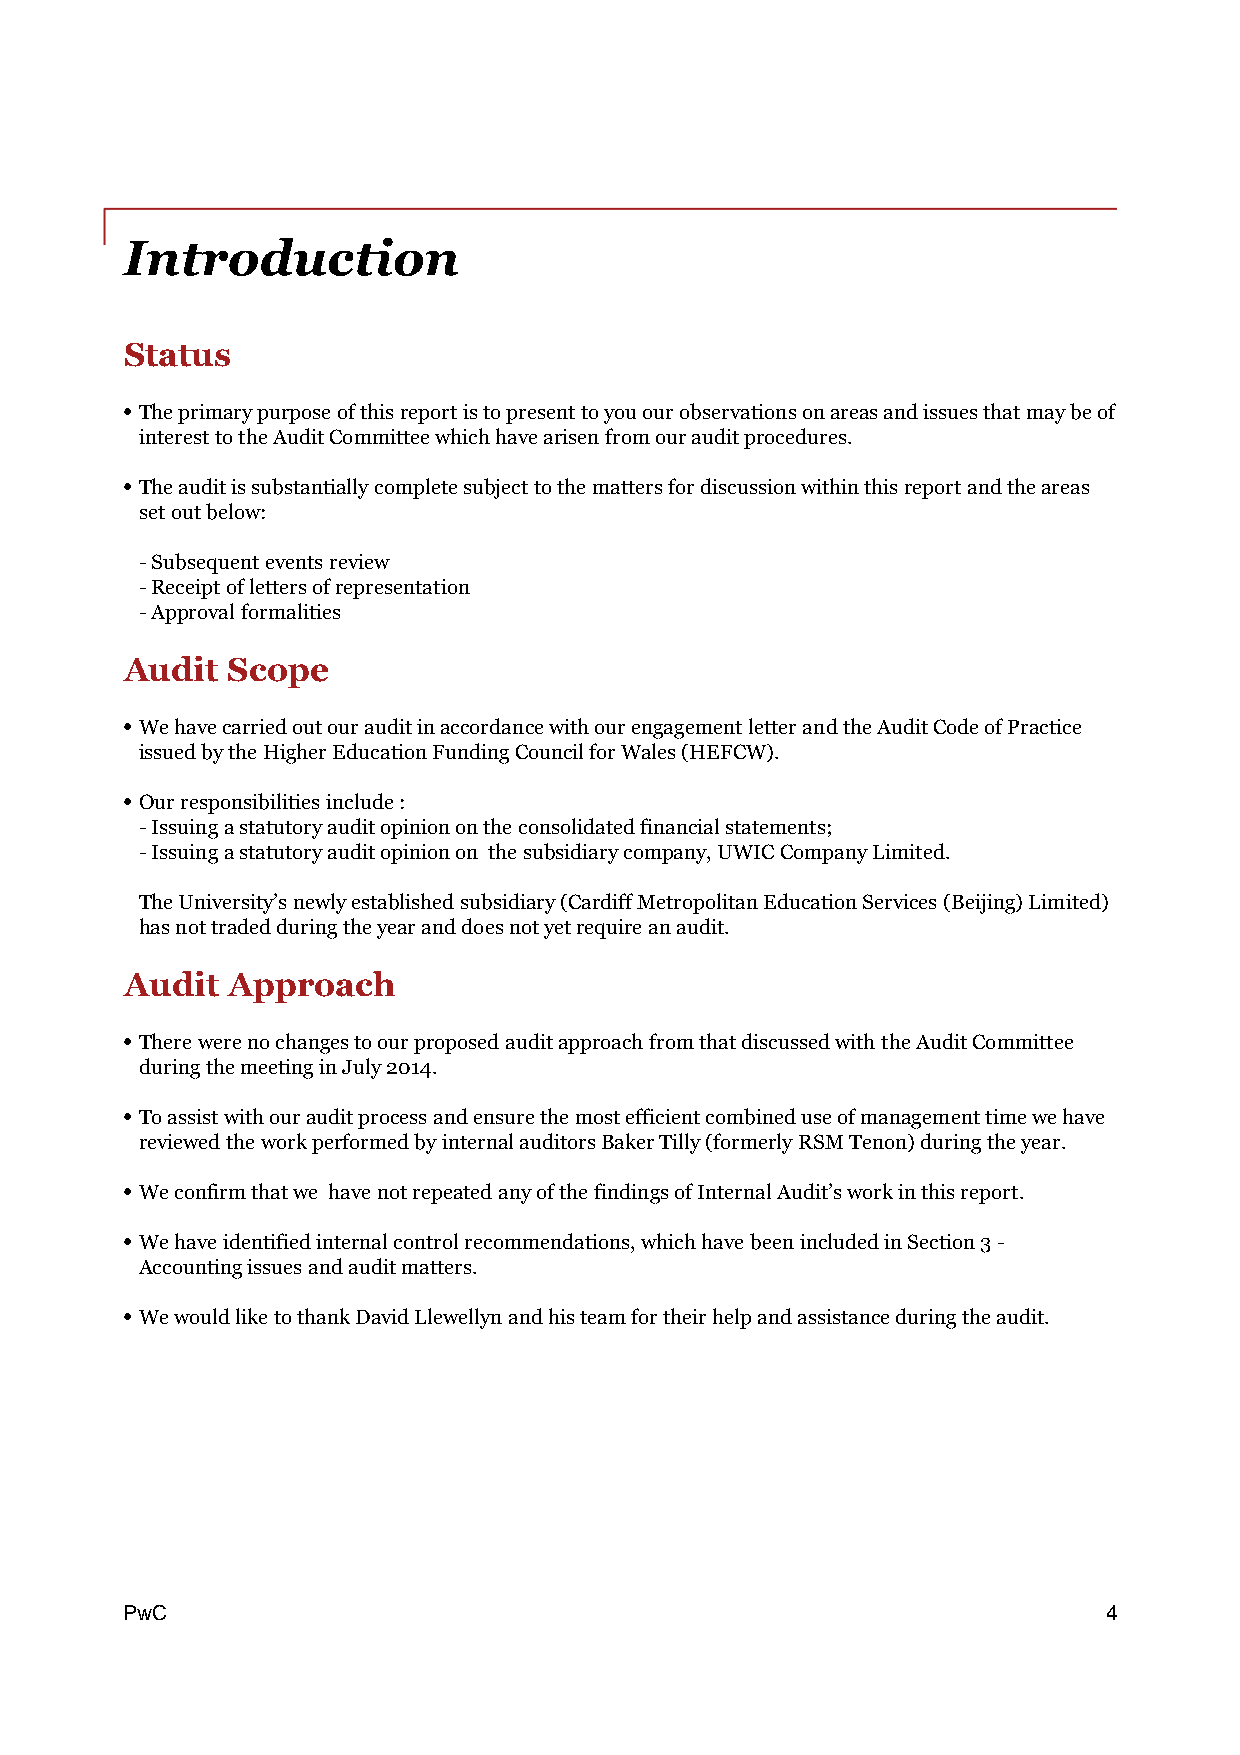
Introduction
 Status
 • Theprimarypurposeofthisreportistopresenttoyouourobservationsonareasandissuesthatmaybeof
 interesttotheAuditCommitteewhichhavearisenfromourauditprocedures.
 • Theauditissubstantiallycompletesubjecttothemattersfordiscussionwithinthisreportandtheareas
 setoutbelow:
 -Subsequenteventsreview
 -Receiptoflettersofrepresentation
 -Approvalformalities
 Audit  Scope
 • WehavecarriedoutourauditinaccordancewithourengagementletterandtheAuditCodeofPractice
 issuedbytheHigherEducationFundingCouncilforWales(HEFCW).
 • Ourresponsibilitiesinclude:
 -Issuingastatutoryauditopinionontheconsolidatedfinancialstatements;
 -Issuingastatutoryauditopinionon thesubsidiarycompany,UWICCompanyLimited.
 TheUniversity’snewlyestablishedsubsidiary(CardiffMetropolitanEducationServices(Beijing)Limited)
 hasnottradedduringtheyearanddoesnotyetrequireanaudit.
 Audit  Approach
 • TherewerenochangestoourproposedauditapproachfromthatdiscussedwiththeAuditCommittee
 duringthemeetinginJuly2014.
 • Toassistwithourauditprocessandensurethemostefficientcombineduseofmanagementtimewehave
 reviewedtheworkperformedbyinternalauditorsBakerTilly(formerlyRSMTenon)duringtheyear.
 • Weconfirmthatwe havenotrepeatedanyofthefindingsofInternalAudit’sworkinthisreport.
 • Wehaveidentifiedinternalcontrolrecommendations,whichhavebeenincludedinSection3-
 Accountingissuesandauditmatters.
 • WewouldliketothankDavidLlewellynandhisteamfortheirhelpandassistanceduringtheaudit.
 PPwwCC                                                           4